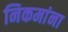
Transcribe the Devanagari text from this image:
निकमांना